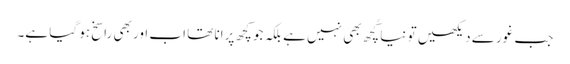
جب غور سے دیکھیں تو نیا کُچھ بھی نہیں ہے بلکہ جو کچھ پرانا تھا اب اور بھی راسخ ہو گیا ہے۔